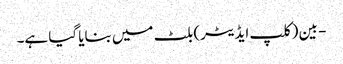
- بین (کلپ ایڈیٹر) بلٹ میں بنایا گیا ہے۔